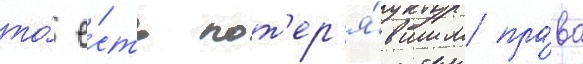
то́ е́сть пот'ер'я́вшим пра́во